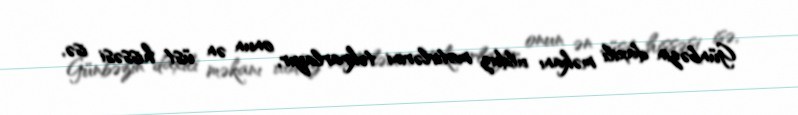
Günbəzin daxili məkanı ulduz motivlərini təkrarlayır, onun ən üst hissəsi isə,